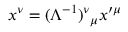
x ^ { \nu } = { ( \Lambda ^ { - 1 } ) ^ { \nu } } _ { \mu } x ^ { \prime \mu }